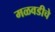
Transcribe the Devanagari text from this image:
मळवडीचे